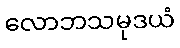
လောဘသမုဒယံ